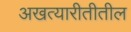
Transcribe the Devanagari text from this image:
अखत्यारीतीतील